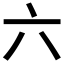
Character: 六